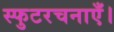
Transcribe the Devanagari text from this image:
स्फुटरचनाएँ।